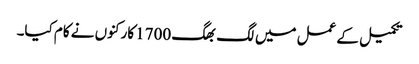
تکمیل کے عمل میں لگ بھگ 1700 کارکنوں نے کام کیا۔